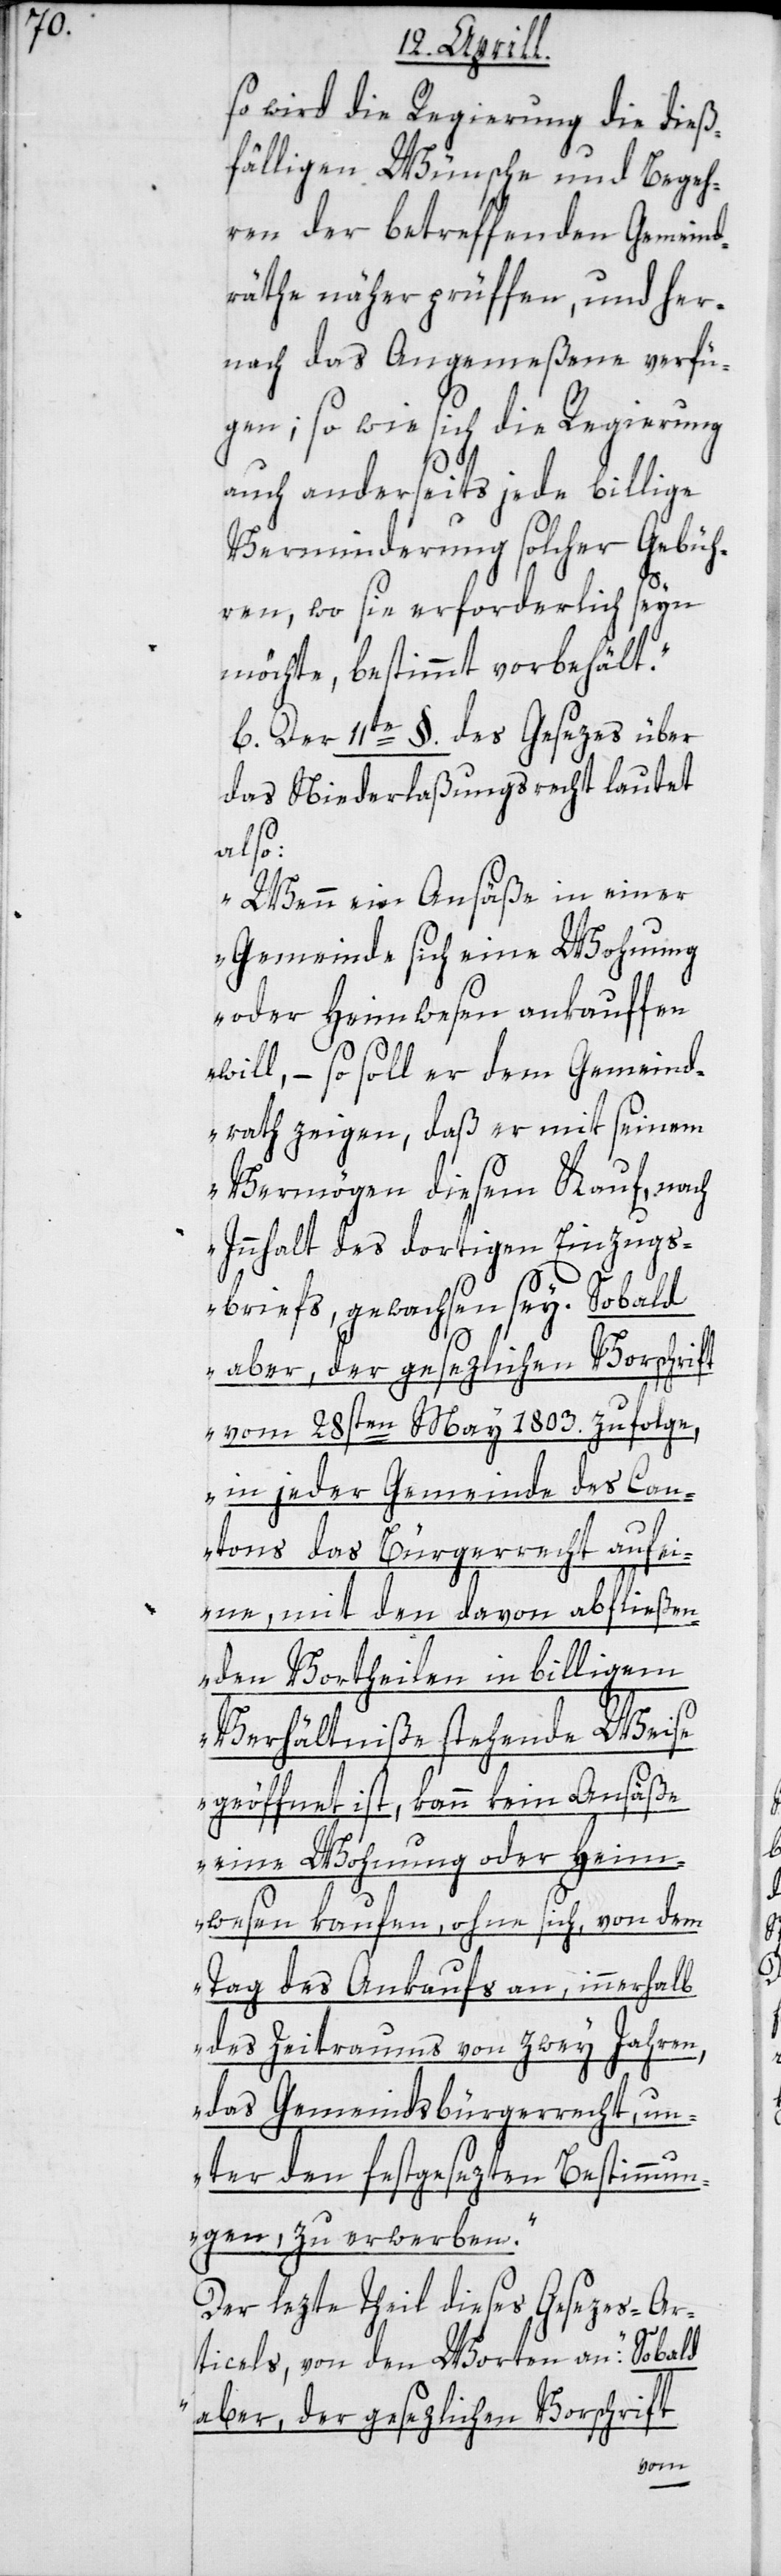
so wird die Regierung die dieß¬
fälligen Wünsche und Begeh¬
ren der betreffenden Gemeind¬
räthe näher prüffen, und her¬
nach das Angemeßene verfü¬
gen; so wie sich die Regierung
auch anderseits jede billige
Verminderung solcher Gebüh¬
ren, wo sie erforderlich seyn
möchte, bestimmt vorbehält.“
b. Der 11te §. des Gesezes über
das Niederlaßungsrecht lautet
also:
„Wenn ein Ansäße in einer
Gemeinde sich eine Wohnung
oder Heimwesen ankauffen
will, – so soll er dem Gemeind¬
rath zeigen, daß er mit seinem
Vermögen diesem Kauf, nach
Innhalt des dortigen Einzugs¬
briefs gewachsen sey. Sobald
vom 28sten May 1803. zufolge,
in jeder Gemeinde des Can¬
tons das Bürgerrecht auf ei¬
ne, mit den davon abfließen¬
den Vortheilen in billigem
Verhältniße stehende Weise
geöffnet ist, kann kein Ansäße
eine Wohnung oder Heim¬
wesen kaufen, ohne sich von dem
Tag des Ankaufs an, innerhalb
des Zeitraums von zwey Jahren,
das Gemeindsbürgerrecht un¬
ter den festgesezten Bestimmun¬
gen, zu erwerben“.
Der lezte Theil dieses Gesezes-Ar¬
ticels, von den Worten an: „Sobald
aber, der gesezlichen Vorschrift